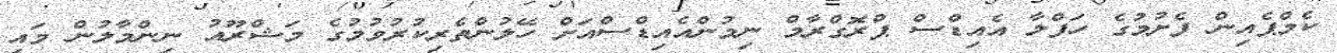
ކެމްޕެއިން ފެށުމުގެ ހަފްލާ އެއިޑްސް ޕްރޮގްރާމް ނިމުންއެއިޑްސްއަށް ހޭލުންތެރިކުރުވުމުގެ މަޝްރޫއު ނިންމާލުން މައި